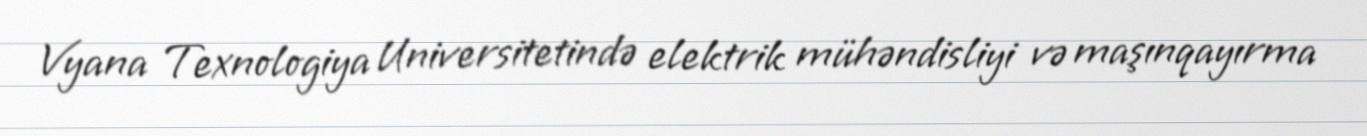
Vyana Texnologiya Universitetində elektrik mühəndisliyi və maşınqayırma